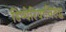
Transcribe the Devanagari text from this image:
डिप्थेरियाविरुद्ध